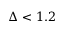
\Delta < 1 . 2